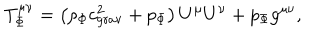
T _ { \Phi } ^ { \mu \nu } = \left( \rho _ { \Phi } c _ { \mathrm { g r a v } } ^ { 2 } + p _ { \Phi } \right) U ^ { \mu } U ^ { \nu } + p _ { \Phi } g ^ { \mu \nu } ,